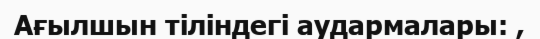
Ағылшын тіліндегі аудармалары: ,